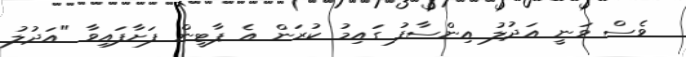
ވެސް ވަނީ އަދުލު އިންސާފު ގައިމު ކުރަން އެ ޕާޓީން ފަށާފައިވާ "އަދުލު